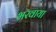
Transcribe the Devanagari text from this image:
भरवाया